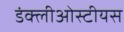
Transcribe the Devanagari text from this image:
डंक्लीओस्टीयस